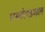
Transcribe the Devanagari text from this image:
एंथोराइनल